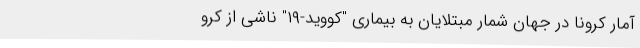
آمار کرونا در جهان شمار مبتلایان به بیماری "کووید-۱۹" ناشی از کرو